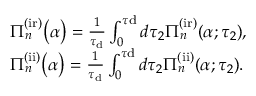
\begin{array} { r l } & { \Pi _ { n } ^ { \mathrm { ( i r ) } } \big ( \alpha \big ) = \frac { 1 } { \tau _ { \mathrm { d } } } \int _ { 0 } ^ { \tau \mathrm { d } } d \tau _ { 2 } \Pi _ { n } ^ { \mathrm { ( i r ) } } ( \alpha ; \tau _ { 2 } ) , } \\ & { \Pi _ { n } ^ { \mathrm { ( i i ) } } \big ( \alpha \big ) = \frac { 1 } { \tau _ { \mathrm { d } } } \int _ { 0 } ^ { \tau \mathrm { d } } d \tau _ { 2 } \Pi _ { n } ^ { \mathrm { ( i i ) } } ( \alpha ; \tau _ { 2 } ) . } \end{array}